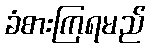
ခံစားကြရမည်